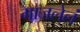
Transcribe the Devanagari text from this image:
गाजलेलं